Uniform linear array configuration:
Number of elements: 64
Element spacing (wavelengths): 1
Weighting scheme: hann
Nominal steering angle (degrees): -15
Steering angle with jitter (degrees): -15.348
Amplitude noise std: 0.05
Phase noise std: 0.05

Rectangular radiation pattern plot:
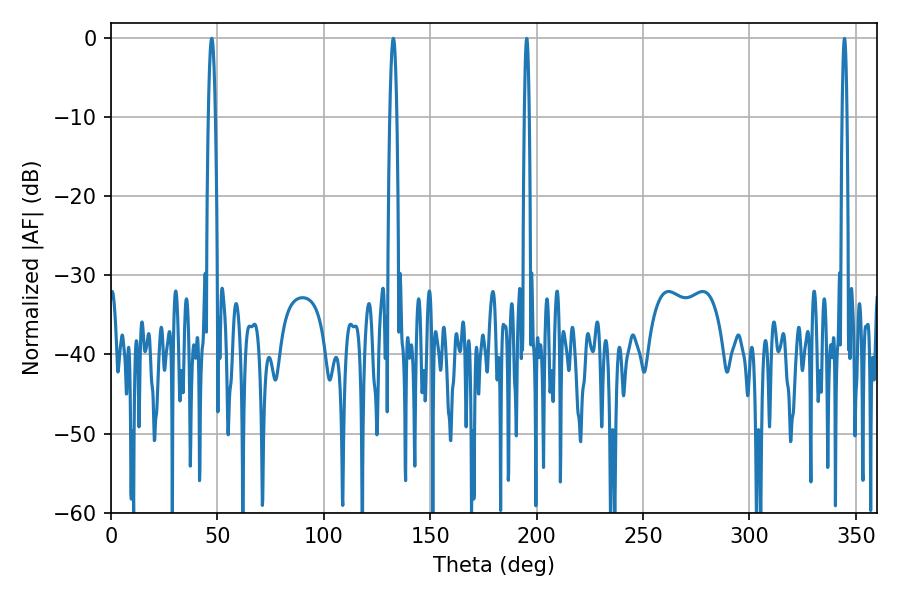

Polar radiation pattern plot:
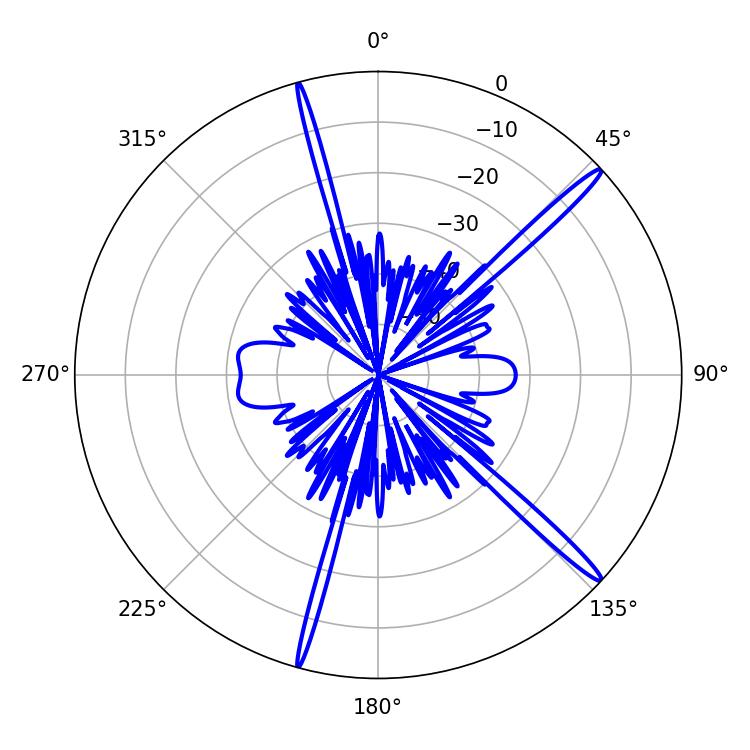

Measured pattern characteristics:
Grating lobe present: TRUE
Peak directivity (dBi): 17.151
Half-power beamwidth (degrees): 1.8
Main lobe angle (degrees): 47.34